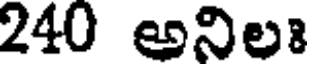
240 అనిలః